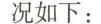
况如下：